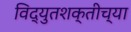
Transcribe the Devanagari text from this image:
विद्युतशक्तीच्या